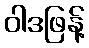
ဝါဒဖြန့်